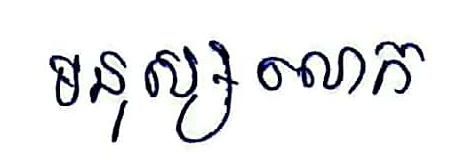
មនុស្សលោក